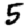
Digit: 5